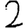
Digit: 2